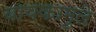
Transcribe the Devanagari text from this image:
बायकामुले